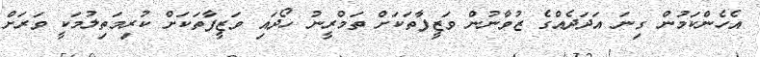
އެހެންކަމުން ގިނަ އަދަދެއްގެ ޒުވާނުން ވަޒީފާތަކަށް ތަމްރީނު ހޯދައި ވަޒީފާތަކަށް ކުރިމަތިލުމަކީ ވަރަށް